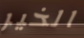
الخير